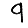
Digit: 9